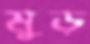
মুড়